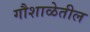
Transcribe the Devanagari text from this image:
गौशाळेतील